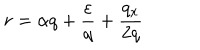
LaTeX: r = \alpha q + \frac { \varepsilon } { q } + \frac { q _ { x } } { 2 q }